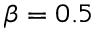
\beta = 0 . 5